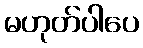
မဟုတ်ပါပေ